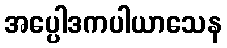
အပ္ပေါဒကပါယာသေန